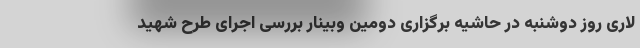
لاری روز دوشنبه در حاشیه برگزاری دومین وبینار بررسی اجرای طرح شهید